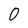
Character: 0